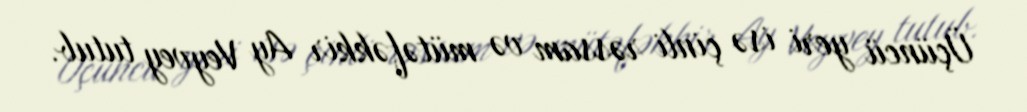
Üçüncü yeri isə çinli rəssam və mütəfəkkir Ay Veyvey tutub.